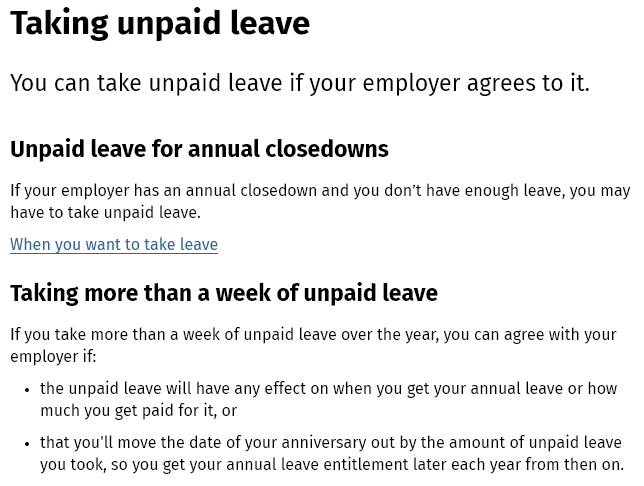
Taking    unpaid    leave
  You can  take  unpaid  leave  if your employer   agrees to it.
  Unpaid  leave for  annual  closedowns
  If your employer has an annual closedown and you don’t have enough leave, you may
  have to take unpaid leave.
  Taking  more  than  a week of   unpaid  leave
  If you take more than a week of unpaid leave over the year, you can agree with your
  employer if
   +
     the unpaid leave will have any effect on when you get your annual leave or how
     much you get paid for it, or
   + that you'll move the date of your anniversary out by the amount of unpaid leave
     you took, so you get your annual leave entitlement later each year from then on.
  When you want to take leave